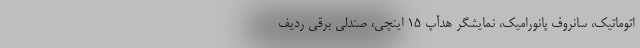
اتوماتیک، سانروف پانورامیک، نمایشگر هدآپ 15 اینچی، صندلی برقی ردیف